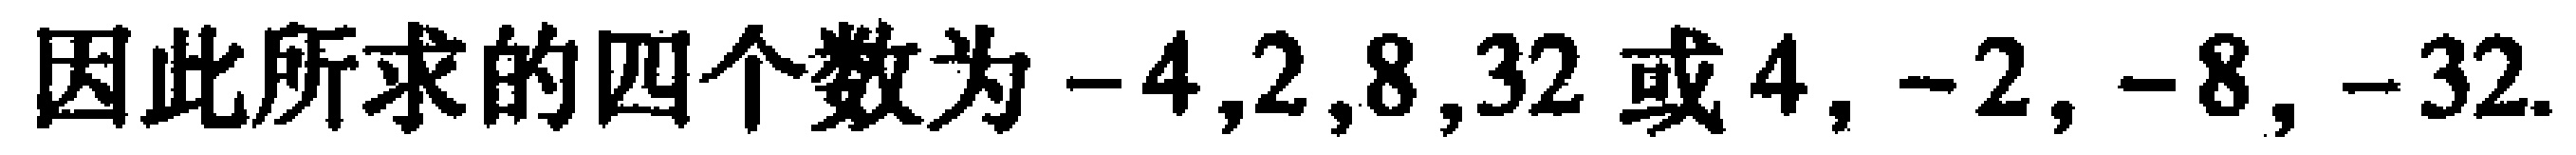
因此所求的四个数为\(-4,2,8,32\)或\(4,-2,-8,-32\).